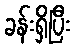
ခန်းရှိပြီး